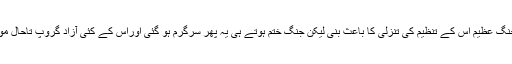
دوسری جنگ عظیم اس کے تنظیم کی تنزلی کا باعث بنی لیکن جنگ ختم ہوتے ہی یہ پھر سرگرم ہو گئی اوراس کے کئی آزاد گروپ تاحال موجود ہیں ۔